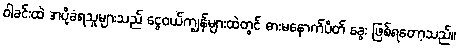
ဝါခင်းထဲ အပို့ခံရသူများသည် ငွေဝယ်ကျွန်များထဲတွင် ဓားမနောက်ပိတ် ခွေး ဖြစ်ရတော့သည်။